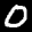
Label: 0